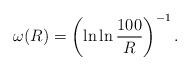
LaTeX: \begin{align*}\omega(R)=\left(\ln\ln \frac{100}{R}\right)^{-1}.\end{align*}